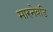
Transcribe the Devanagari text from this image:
मारनेवडि